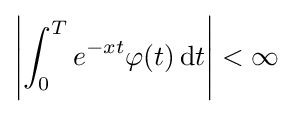
\left|\int _{0}^{T}e^{-xt}\varphi (t)\,\mathrm {d} t\right|<\infty